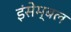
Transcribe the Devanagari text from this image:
इंसेम्बल